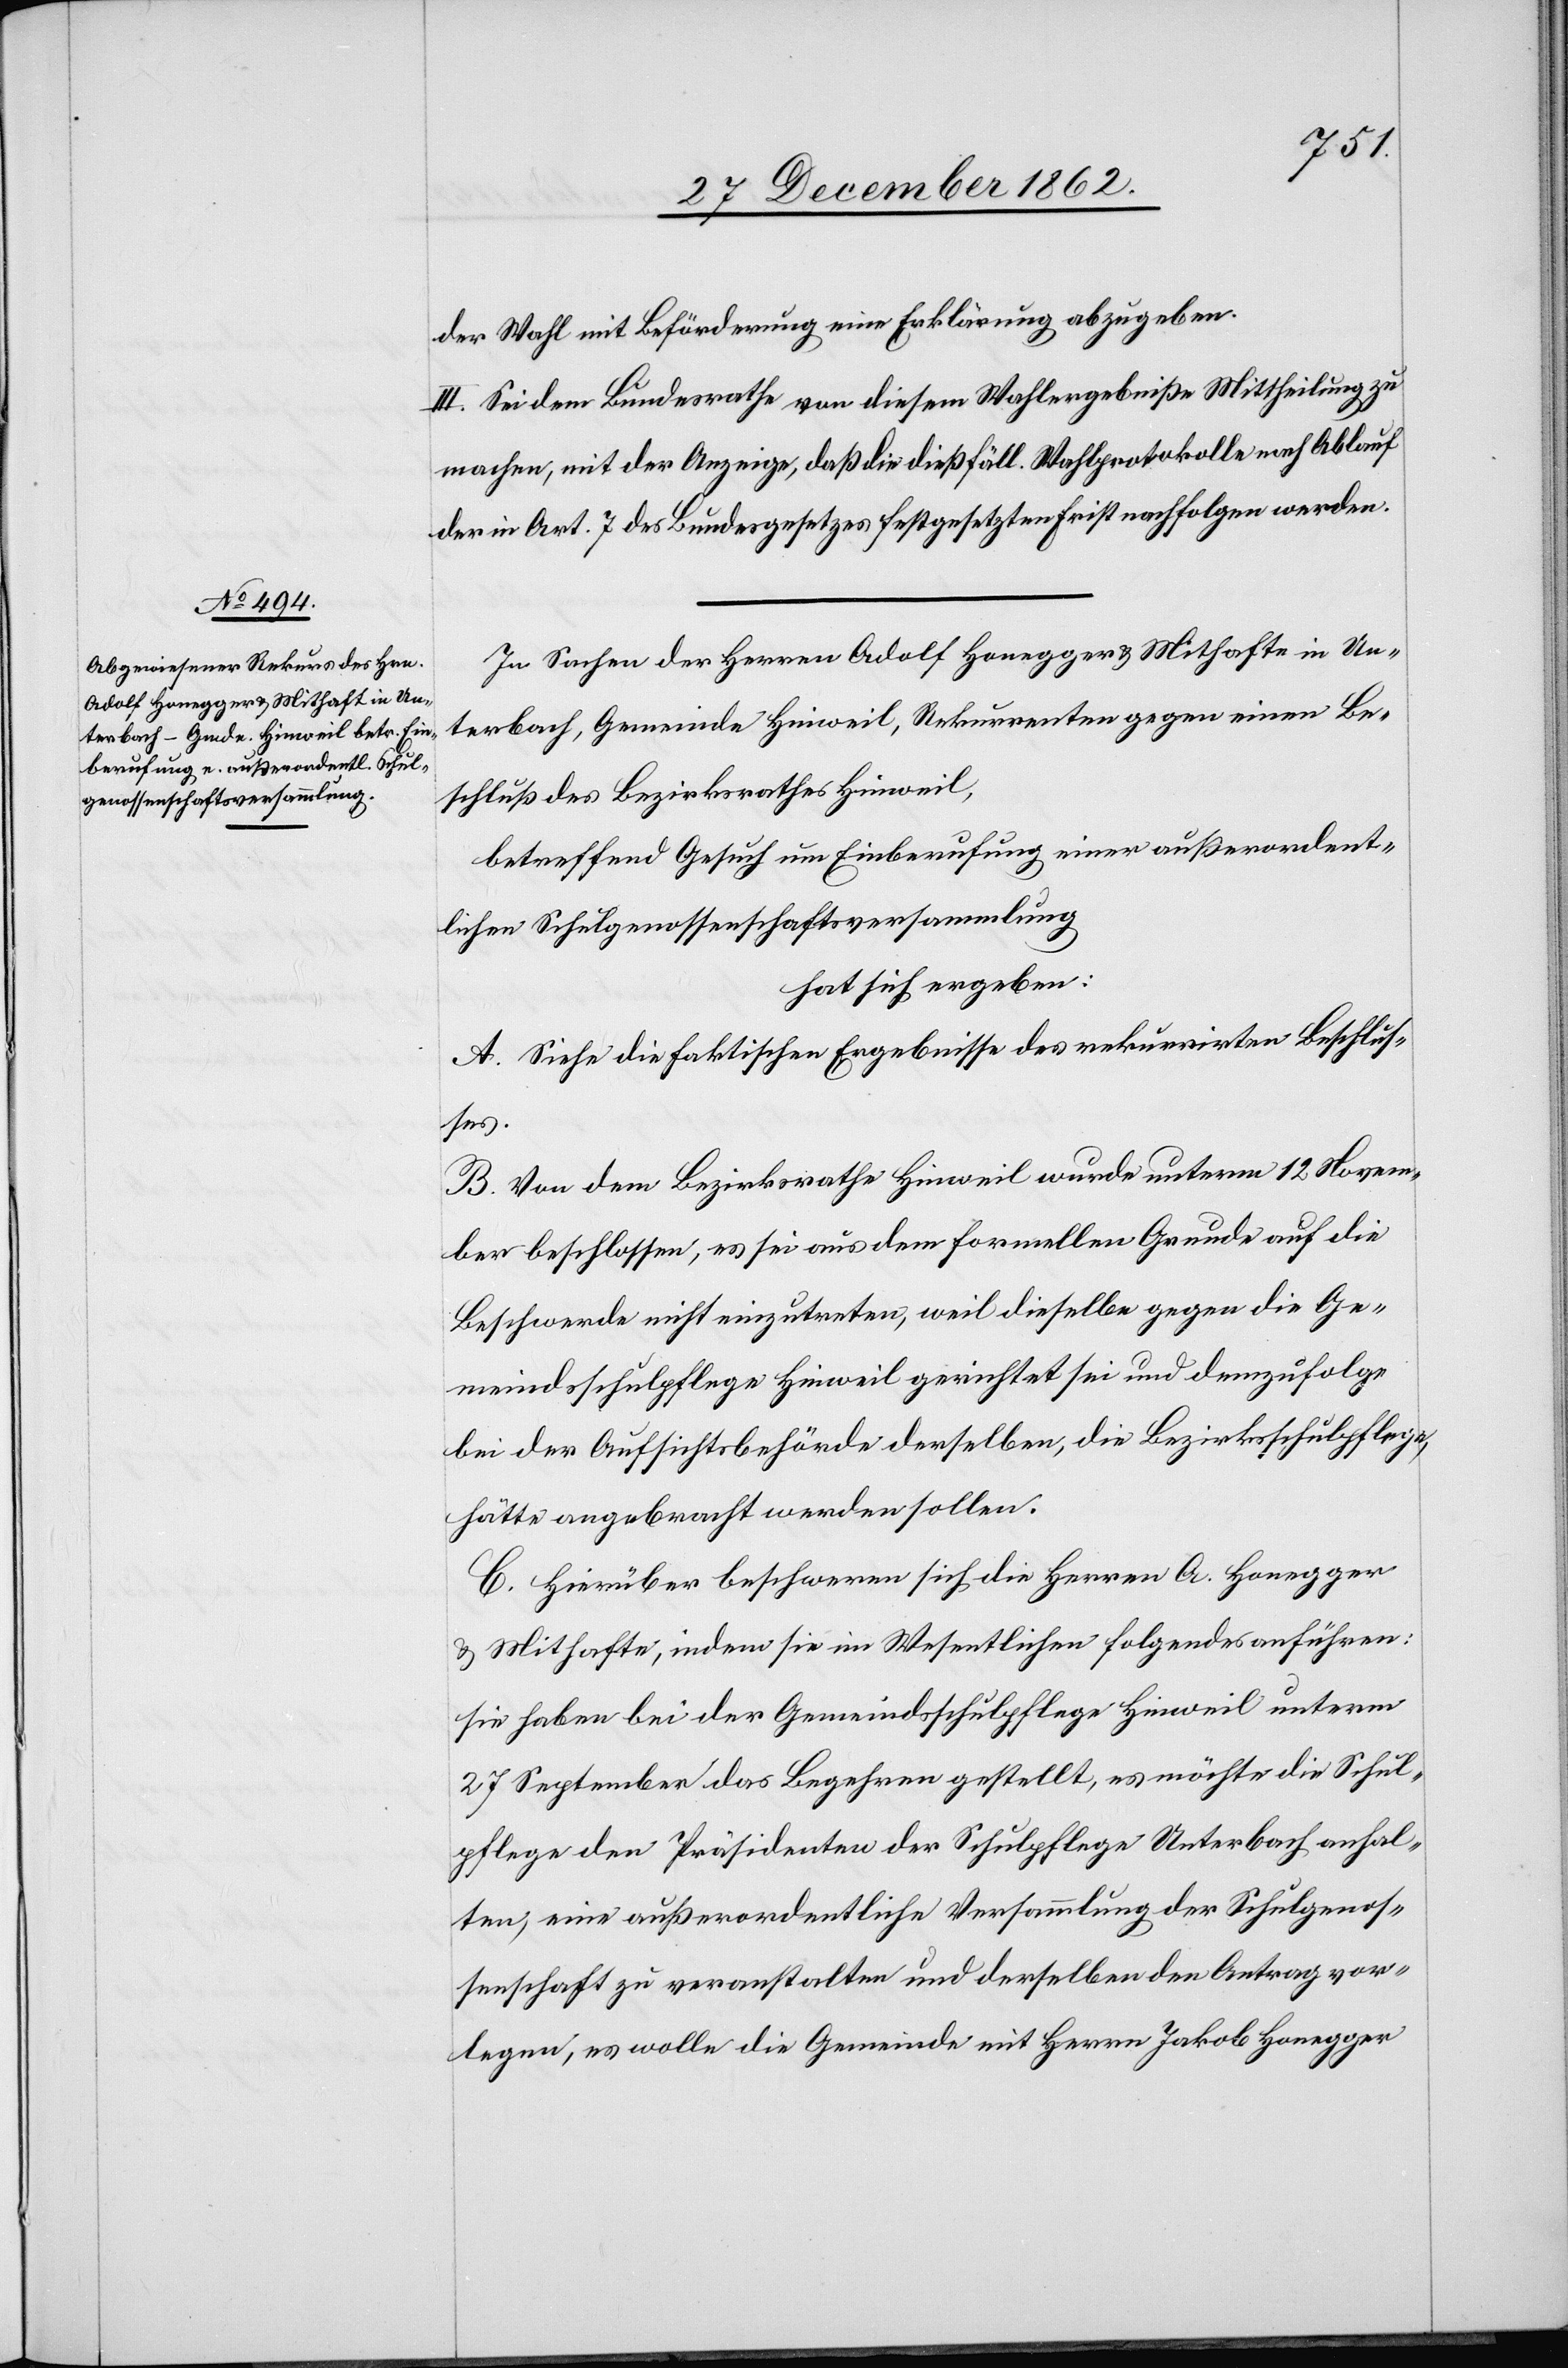
der Wahl mit Beförderung eine Erklärung abzugeben.
III. Sei dem Bundesrathe von diesem Wahlergebniße Mittheilung zu
machen, mit der Anzeige, daß die dießfäll. Wahlprotokolle nach Ablauf
der in Art. 7 des Bundesgesetzes festgesetzten Frist nachfolgen werden.
In Sachen der Herren Adolf Honegger u. Mithafte in Un¬
terbach, Gemeinde Hinweil, Rekurrenten gegen einen Be¬
schluß des Bezirksrathes Hinweil,
betreffend Gesuch um Einberufung einer außerordent¬
lichen Schulgenossenschaftsversammlung
hat sich ergeben:
A. Siehe die faktischen Ergebnisse des rekurrirten Beschlus¬
ses.
B. Von dem Bezirksrathe Hinweil wurde unterm 12. Novem¬
ber beschlossen, es sei aus dem formellen Grunde auf die
Beschwerde nicht einzutreten, weil dieselbe gegen die Ge¬
meindsschulpflege Hinweil gerichtet sei und demzufolge
bei der Aufsichtsbehörde derselben, die Bezirksschulpflege,
hätte angebracht werden sollen.
C. Hierüber beschweren sich die Herren A. Honegger
u. Mithafte, indem sie im Wesentlichen folgendes anführen:
sie haben bei der Gemeindsschulpflege Hinweil unterm
27. September das Begehren gestellt, es möchte die Schul¬
pflege den Präsidenten der Schulpflege Unterbach anhal¬
ten, eine außerordentliche Versammlung der Schulgenos¬
senschaft zu veranstalten und derselben den Antrag vor¬
legen, es wolle die Gemeinde mit Herrn Jakob Honegger